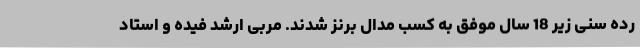
رده سنی زیر 18 سال موفق به کسب مدال برنز شدند. مربی ارشد فیده و استاد